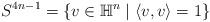
LaTeX: \begin{align*} S^{4n-1} = \{v\in {\mathbb H}^n \mid \langle v,v\rangle = 1\}\end{align*}